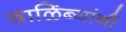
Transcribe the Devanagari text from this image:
वाळिंब्यांनी